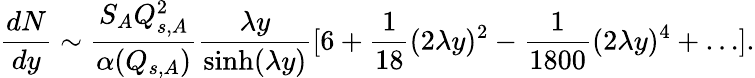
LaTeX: \frac{dN}{dy}\sim\frac{S_{A}Q_{s,A}^{2}}{\alpha(Q_{s,A})}\frac{\lambda y}{\sinh(\lambda y)}[6+\frac{1}{18}(2\lambda y)^{2}-\frac{1}{1800}(2\lambda y)^{4}+\dots].